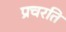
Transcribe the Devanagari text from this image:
प्रचरति